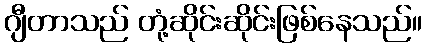
ဂျီတာသည် တုံ့ဆိုင်းဆိုင်းဖြစ်နေသည်။